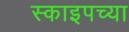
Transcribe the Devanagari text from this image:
स्काइपच्या